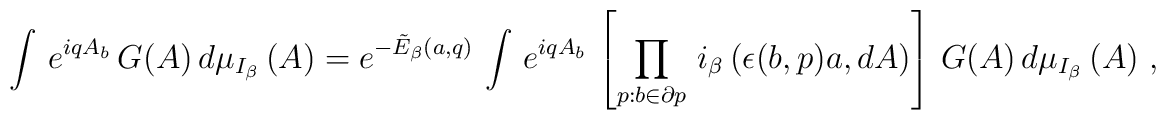
\left. \int \, e^{i q A_{b}} \, G(A) \, d \mu_{I_{\beta}} \, (A) =  e^{- \tilde{E}_{\beta}(a,q)} \, \int \, e^{ i q A_{b}} \, \left[  \prod_{p : b \in \partial p} \, i_{\beta} \, (\epsilon (b,p) a , dA  ) \right] \, G(A) \, d \mu_{I_{\beta}} \, (A) \ , \right.